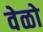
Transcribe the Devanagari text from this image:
वेळो